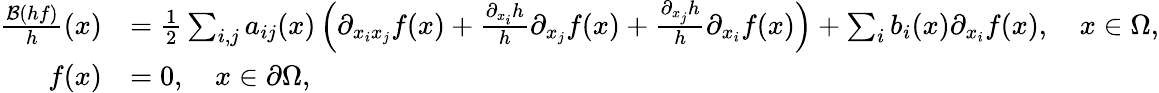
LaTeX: \begin{array}{rl}{\frac{{\cal B}(hf)}{h}(x)}&{=\frac{1}{2}\sum_{i,j}a_{ij}(x)\left(\partial_{x_{i}x_{j}}f(x)+\frac{\partial_{x_{i}}h}{h}\partial_{x_{j}}f(x)+\frac{\partial_{x_{j}}h}{h}\partial_{x_{i}}f(x)\right)+\sum_{i}b_{i}(x)\partial_{x_{i}}f(x),\quad x\in\Omega,}\\ {f(x)}&{=0,\quad x\in\partial\Omega,}\end{array}